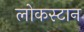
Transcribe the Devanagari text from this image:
लोकस्टान